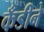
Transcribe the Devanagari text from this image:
कँडीने